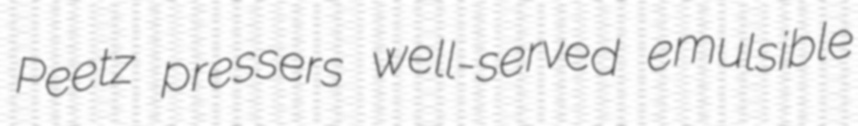
Peetz pressers well-served emulsible